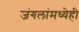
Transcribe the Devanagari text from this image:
जंगलांमध्येही